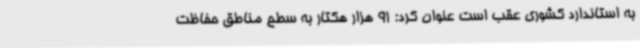
به استاندارد کشوری عقب است عنوان کرد: 91 هزار هکتار به سطح مناطق حفاظت